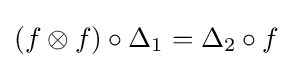
(f\otimes f)\circ \Delta _{1}=\Delta _{2}\circ f